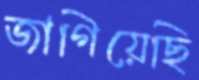
জাগিয়েছি